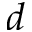
d